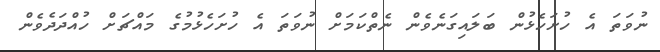
ނުވަތަ އެ ހުށަހެޅުން ބަލައިގަނެވެން ނެތްކަމަށް ނުވަތަ އެ ހުށަހެޅުމުގެ މައްޗަށް ހުއްދަދެވެން